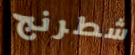
شطرنج